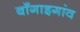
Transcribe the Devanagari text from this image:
बॉँगाइगांव